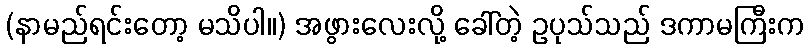
(နာမည်ရင်းတော့ မသိပါ။) အဖွားလေးလို့ ခေါ်တဲ့ ဥပုသ်သည် ဒကာမကြီးက